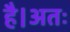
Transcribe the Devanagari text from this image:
है।अतः